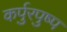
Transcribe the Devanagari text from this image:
कर्पुरपुष्प